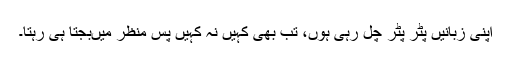
اپنی زبانیں پٹر پٹر چل رہی ہوں، تب بھی کہیں نہ کہیں پسِ منظر میںبجتا ہی رہتا۔